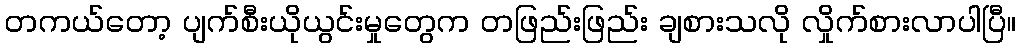
တကယ်တော့ ပျက်စီးယိုယွင်းမှုတွေက တဖြည်းဖြည်း ချစားသလို လှိုက်စားလာပါပြီ။